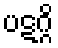
ပဋဂ္ဂိ